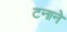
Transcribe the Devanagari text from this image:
टनाने